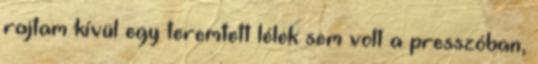
rajtam kívül egy teremtett lélek sem volt a presszóban,